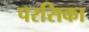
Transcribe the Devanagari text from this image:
परसिका